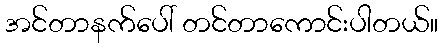
အင်တာနက်ပေါ် တင်တာကောင်းပါတယ်။